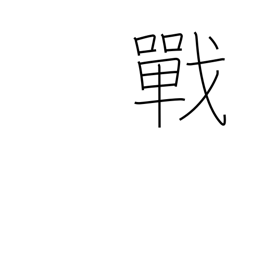
Meaning: fighting